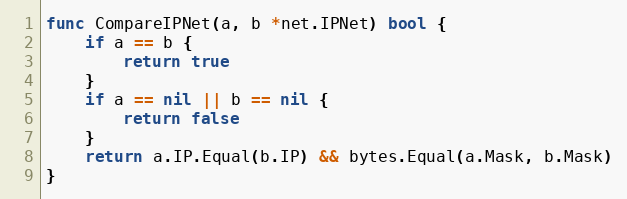
Language: Go
func CompareIPNet(a, b *net.IPNet) bool {
	if a == b {
		return true
	}
	if a == nil || b == nil {
		return false
	}
	return a.IP.Equal(b.IP) && bytes.Equal(a.Mask, b.Mask)
}